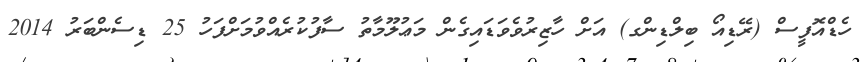
ހެޑްއޮފީސް (ރޭޑިއޯ ބިލްޑިންގ) އަށް ހާޒިރުވެވަޑައިގެން މަޢުލޫމާތު ސާފުކުރެއްވުމަށްފަހު 25 ޑިސެންބަރު 2014